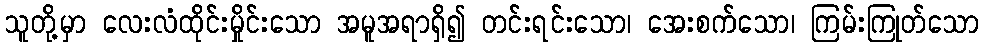
သူတို့မှာ လေးလံထိုင်းမှိုင်းသော အမူအရာရှိ၍ တင်းရင်းသော၊ အေးစက်သော၊ ကြမ်းကြုတ်သော